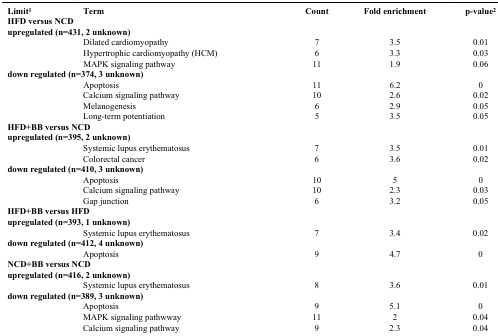
| Limit1 | Term | Count | Fold enrichment | p-value2 |
 | <COLSPAN=5> HFD versus NCD |
 | <COLSPAN=5> upregulated (n=431, 2 unknown) |
 | --- | --- | --- | --- | --- |
 |  | Dilated cardiomyopathy | 7 | 3.5 | 0.01 |
 |  | Hypertrophic cardiomyopathy (HCM) | 6 | 3.3 | 0.03 |
 |  | MAPK signaling pathway | 11 | 1.9 | 0.06 |
 | <COLSPAN=5> down regulated (n=374, 3 unkwown) |
 |  | Apoptosis | 11 | 6.2 | 0 |
 |  | Calcium signaling pathway | 10 | 2.6 | 0.02 |
 |  | Melanogenesis | 6 | 2.9 | 0.05 |
 |  | Long-term potentiation | 5 | 3.5 | 0.05 |
 | <COLSPAN=5> HFD+BB versus NCD |
 | <COLSPAN=5> upregulated (n=395, 2 unknown) |
 |  | Systemic lupus erythematosus | 7 | 3.5 | 0.01 |
 |  | Colorectal cancer | 6 | 3.6 | 0.02 |
 | <COLSPAN=5> down regulated (n=410, 3 unknown) |
 |  | Apoptosis | 10 | 5 | 0 |
 |  | Calcium signaling pathway | 10 | 2.3 | 0.03 |
 |  | Gap junction | 6 | 3.2 | 0.05 |
 | <COLSPAN=5> HFD+BB versus HFD: |
 | <COLSPAN=5> upregulated (n=393, 1 unknown) |
 |  | Systemic lupus erythematosus | 7 | 3.4 | 0.02 |
 | <COLSPAN=5> down regulated (n=412, 4 unknown) |
 |  | Apoptosis | 9 | 4.7 | 0 |
 | <COLSPAN=5> NCD+BB versus NCD: |
 | <COLSPAN=5> upregulated (n=416, 2 unknown) |
 |  | Systemic lupus erythematosus | 8 | 3.6 | 0.01 |
 | <COLSPAN=5> down regulated (n=389, 3 unknown) |
 |  | Apoptosis | 9 | 5.1 | 0 |
 |  | MAPK signaling pathwway | 11 | 2 | 0.04 |
 |  | Calcium signaling pathway | 9 | 2.3 | 0.04 |